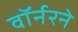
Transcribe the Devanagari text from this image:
वॉर्नरने